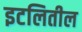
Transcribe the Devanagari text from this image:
इटलितील